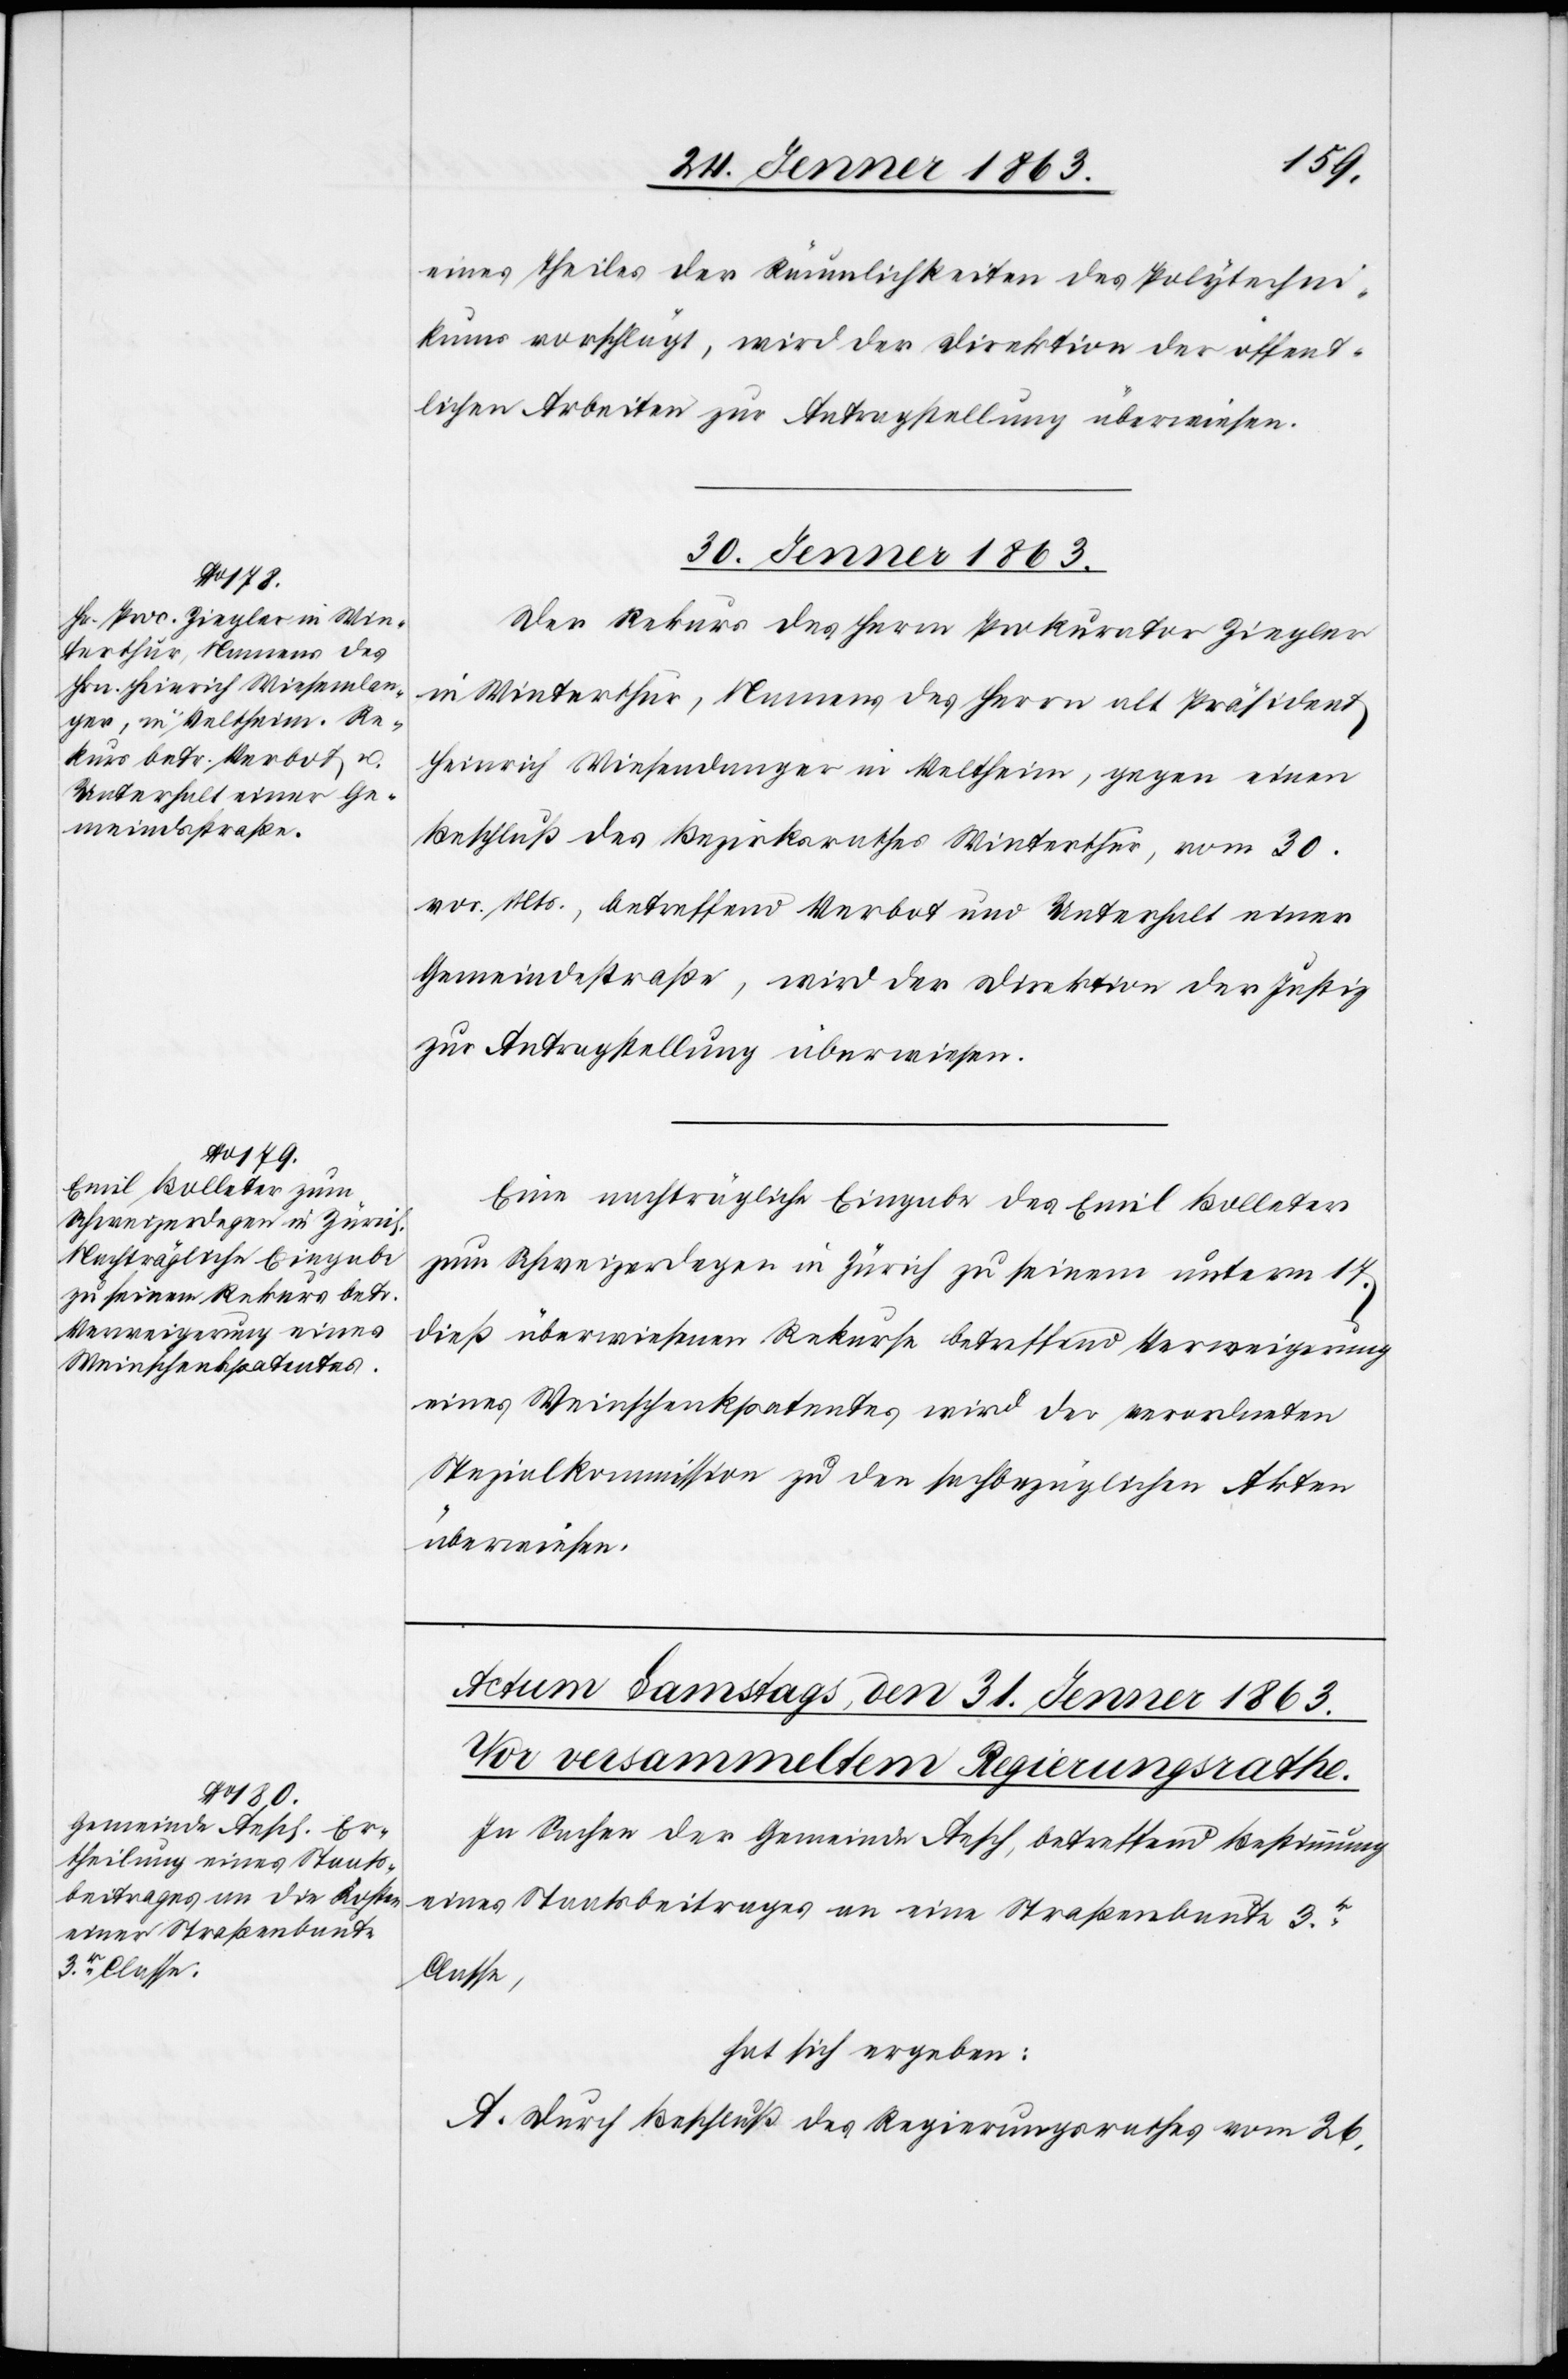
eines Theiles der Räumlichkeiten des Polytechni¬
kums vorschlägt, wird der Direktion der öffent¬
lichen Arbeiten zur Antragstellung überwiesen.
30. Jenner 1863.]
Der Rekurs des Herrn Prokurator Ziegler
in Winterthur, Namens des Herrn alt Präsident
Heinrich Wiesendanger in Veltheim, gegen einen
Beschluß des Bezirksrathes Winterthur, vom 30.
vor. Mts., betreffend Verbot und Unterhalt einer
Gemeindestraße, wird der Direktion der Justiz
zur Antragstellung überwiesen.
Eine nachträgliche Eingabe des Emil Bolleter
zum Schweizerdegen in Zürich zu seinem unterm 17.
dieß überwiesenen Rekurse betreffend Verweigerung
eines Weinschenkpatentes wird der verordneten
Spezialkommission zu den sachbezüglichen Akten
überwiesen.
In Sachen der Gemeinde Aesch, betreffend Bestimmung
eines Staatsbeitrages an eine Straßenbaute 3r.
Classe,
hat sich ergeben:
A. Durch Beschluß des Regierungsrathes vom 26.